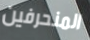
المنحرفين